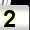
Digit: 2